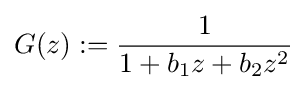
G(z):={\frac {1}{1+b_{1}z+b_{2}z^{2}}}